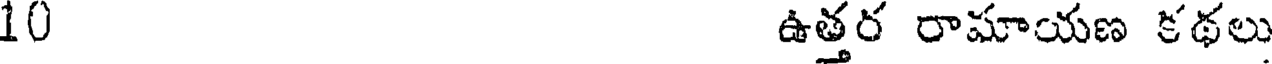
10 ఉత్తర రామాయణ కథలు